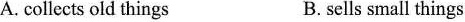
A.collects old things B. sells small things